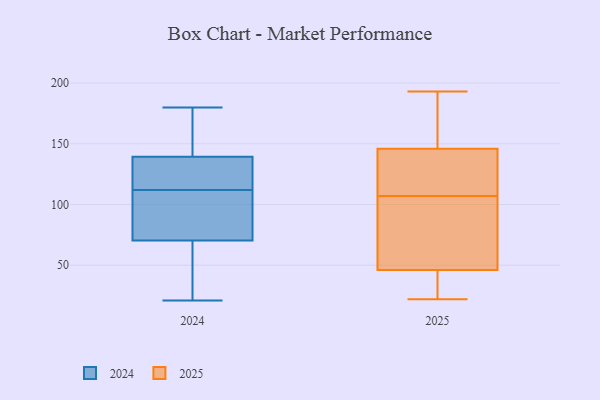
{"axis": {"x": "Conversion Rate (%)", "y": "Value"}, "legend": ["2024", "2025"], "data": [{"x": "", "y": 84, "type": "2025"}, {"x": "", "y": 102, "type": "2025"}, {"x": "", "y": 26, "type": "2025"}, {"x": "", "y": 151, "type": "2025"}, {"x": "", "y": 130, "type": "2025"}, {"x": "", "y": 165, "type": "2025"}, {"x": "", "y": 126, "type": "2025"}, {"x": "", "y": 64, "type": "2025"}, {"x": "", "y": 22, "type": "2025"}, {"x": "", "y": 112, "type": "2025"}, {"x": "", "y": 25, "type": "2025"}, {"x": "", "y": 141, "type": "2025"}, {"x": "", "y": 193, "type": "2025"}, {"x": "", "y": 92, "type": "2025"}, {"x": "", "y": 28, "type": "2025"}, {"x": "", "y": 171, "type": "2025"}, {"x": "", "y": 180, "type": "2024"}, {"x": "", "y": 129, "type": "2024"}, {"x": "", "y": 112, "type": "2024"}, {"x": "", "y": 73, "type": "2024"}, {"x": "", "y": 72, "type": "2024"}, {"x": "", "y": 166, "type": "2024"}, {"x": "", "y": 119, "type": "2024"}, {"x": "", "y": 65, "type": "2024"}, {"x": "", "y": 87, "type": "2024"}, {"x": "", "y": 43, "type": "2024"}, {"x": "", "y": 21, "type": "2024"}, {"x": "", "y": 149, "type": "2024"}, {"x": "", "y": 136, "type": "2024"}]}